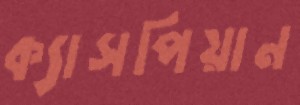
ক্যাসপিয়ান